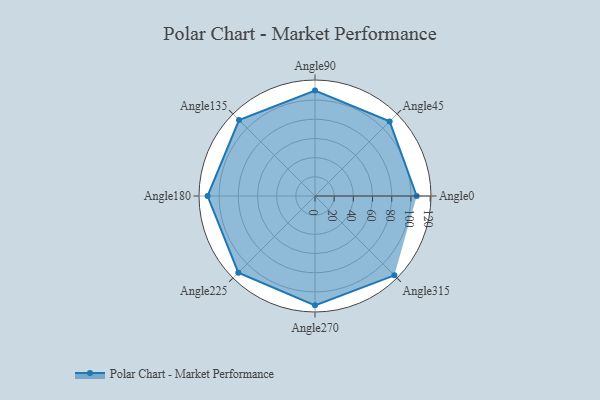
{"axis": {"x": "Angle", "y": "Radius"}, "legend": [""], "data": [{"x": "Angle0", "y": 106.0, "type": ""}, {"x": "Angle45", "y": 110.0, "type": ""}, {"x": "Angle90", "y": 110.0, "type": ""}, {"x": "Angle135", "y": 112.0, "type": ""}, {"x": "Angle180", "y": 112.0, "type": ""}, {"x": "Angle225", "y": 113.0, "type": ""}, {"x": "Angle270", "y": 114.0, "type": ""}, {"x": "Angle315", "y": 117.0, "type": ""}]}